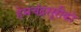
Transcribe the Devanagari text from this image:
हेमचंद्रसूरीको